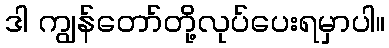
ဒါ ကျွန်တော်တို့လုပ်ပေးရမှာပါ။